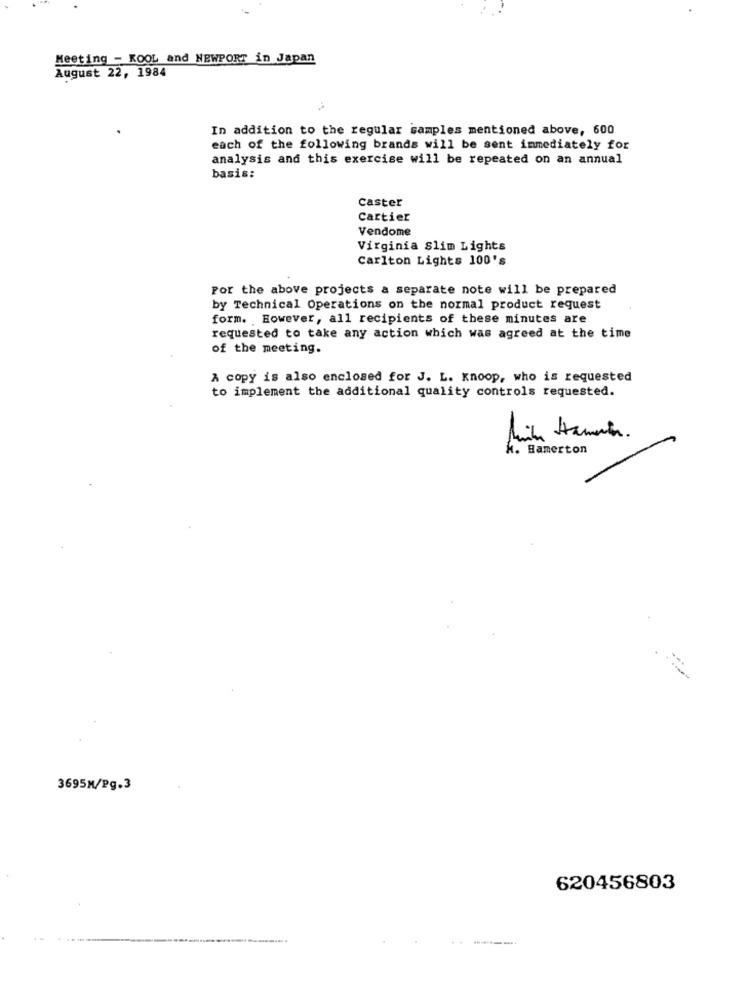
Meeting - KOOL and NEWPORT in Japan
August 22, 1984
In addition to the regular samples mentioned above, 600
each of the following brands will be sent immediately for
analysis and this exercise will be repeated on an annual
basis:
Caster
Cartier
Vendome
Virginia Slim Lights
Carlton Lights 100's
Por the above projects a separate note will be prepared
by Technical Operations on the normal product request
form. However, all recipients of these minutes are
requested to take any action which was agreed at the time
of the meeting.
A copy is also enclosed for J. L. Knoop, who is requested
to implement the additional quality controls requested.
h. Hamerton
3695M/Pg.3
620456803
---